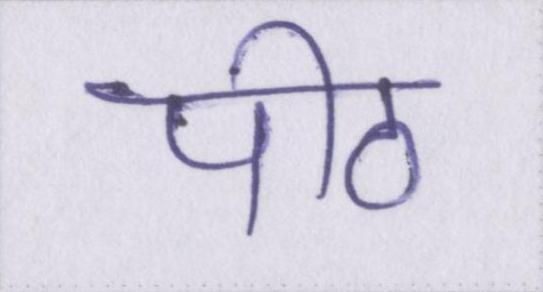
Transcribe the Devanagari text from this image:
पीठ